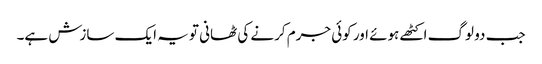
جب دو لوگ اکٹھے ہوئے اور کوئی جرم کرنے کی ٹھانی تو یہ ایک سازش ہے۔